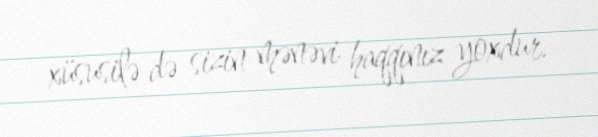
xüsusilə də sizin mənəvi haqqınız yoxdur.